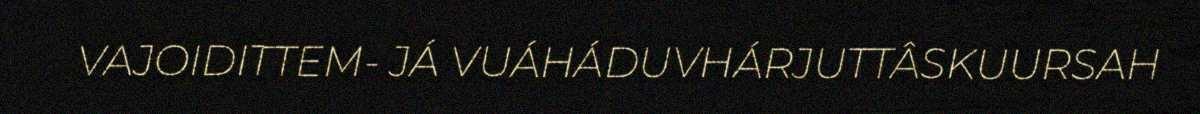
VAJOIDITTEM- JÁ VUÁHÁDUVHÁRJUTTÂSKUURSAH